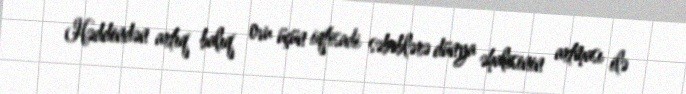
Həddindən artıq balıq ovu üçün iqtisadi səbəblərə dünya əhalisinin artması ilə